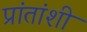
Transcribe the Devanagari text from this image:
प्रांतांशी